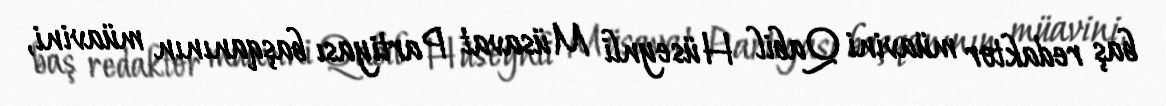
baş redaktor müavini Qabil Hüseynli Müsavat Partiyası başqanının müavini,